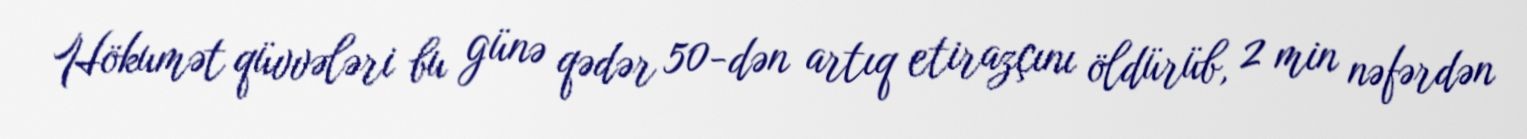
Hökumət qüvvələri bu günə qədər 50-dən artıq etirazçını öldürüb, 2 min nəfərdən